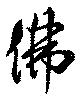
佛